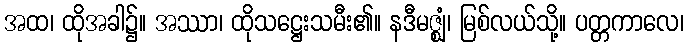
အထ၊ ထိုအခါ၌။ အဿာ၊ ထိုသဋ္ဌေးသမီး၏။ နဒီမဇ္ဈံ၊ မြစ်လယ်သို့။ ပတ္တကာလေ၊